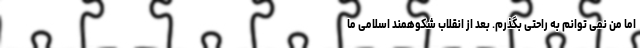
اما من نمی توانم به راحتی بگذرم. بعد از انقلاب شکوهمند اسلامی ما